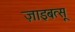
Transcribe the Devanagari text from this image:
ज़ाइबत्सू